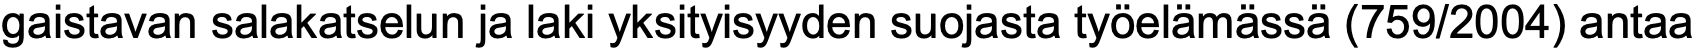
gaistavan salakatselun ja laki yksityisyyden suojasta työelämässä (759/2004) antaa